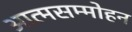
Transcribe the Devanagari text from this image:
आत्मसम्मोहन